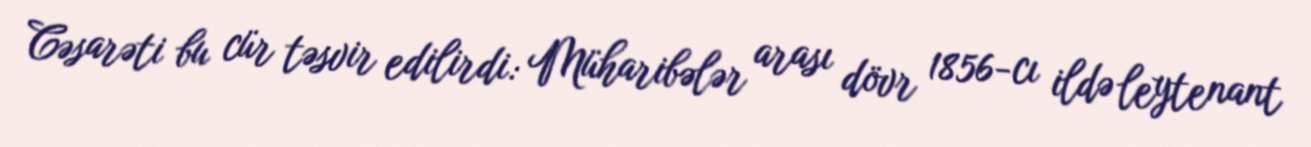
Cəsarəti bu cür təsvir edilirdi: Müharibələr arası dövr 1856-cı ildə leytenant